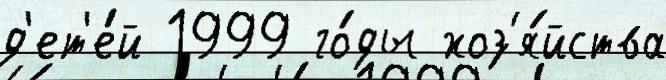
д'ет'е́й 1999 го́ды хоз'я́йства